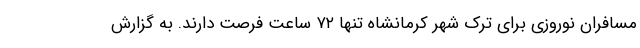
مسافران نوروزی برای ترک شهر کرمانشاه تنها ۷۲ ساعت فرصت دارند. به گزارش